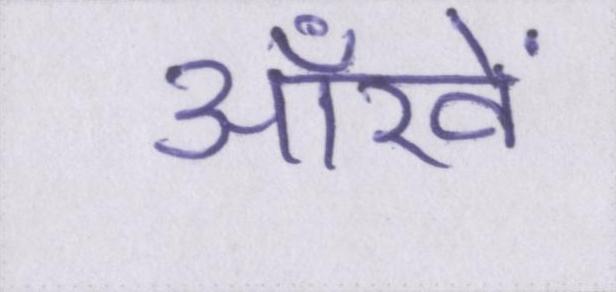
आँखें